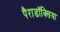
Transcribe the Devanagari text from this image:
पैराडॉक्सिया